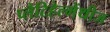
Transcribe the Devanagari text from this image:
प्लैटिहेल्मेंथीज